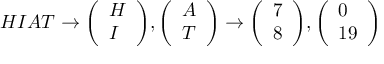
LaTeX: H I A T \to { \left( \begin{array} { l } { H } \\ { I } \end{array} \right) } , { \left( \begin{array} { l } { A } \\ { T } \end{array} \right) } \to { \left( \begin{array} { l } { 7 } \\ { 8 } \end{array} \right) } , { \left( \begin{array} { l } { 0 } \\ { 1 9 } \end{array} \right) }